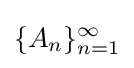
\lbrace A_{n}\rbrace _{n=1}^{\infty }